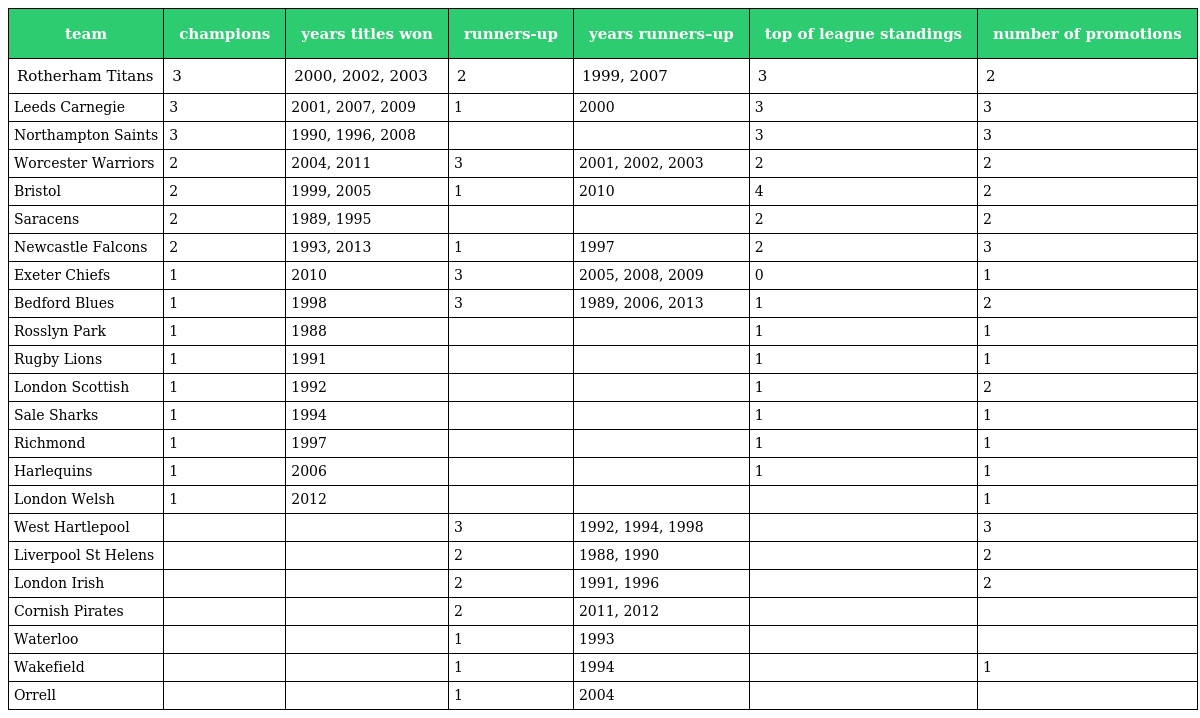
| team | champions | years titles won | runners-up | years runners–up | top of league standings | number of promotions |
 | --- | --- | --- | --- | --- | --- | --- |
 | Rotherham Titans | 3 | 2000, 2002, 2003 | 2 | 1999, 2007 | 3 | 2 |
 | Leeds Carnegie | 3 | 2001, 2007, 2009 | 1 | 2000 | 3 | 3 |
 | Northampton Saints | 3 | 1990, 1996, 2008 |  |  | 3 | 3 |
 | Worcester Warriors | 2 | 2004, 2011 | 3 | 2001, 2002, 2003 | 2 | 2 |
 | Bristol | 2 | 1999, 2005 | 1 | 2010 | 4 | 2 |
 | Saracens | 2 | 1989, 1995 |  |  | 2 | 2 |
 | Newcastle Falcons | 2 | 1993, 2013 | 1 | 1997 | 2 | 3 |
 | Exeter Chiefs | 1 | 2010 | 3 | 2005, 2008, 2009 | 0 | 1 |
 | Bedford Blues | 1 | 1998 | 3 | 1989, 2006, 2013 | 1 | 2 |
 | Rosslyn Park | 1 | 1988 |  |  | 1 | 1 |
 | Rugby Lions | 1 | 1991 |  |  | 1 | 1 |
 | London Scottish | 1 | 1992 |  |  | 1 | 2 |
 | Sale Sharks | 1 | 1994 |  |  | 1 | 1 |
 | Richmond | 1 | 1997 |  |  | 1 | 1 |
 | Harlequins | 1 | 2006 |  |  | 1 | 1 |
 | London Welsh | 1 | 2012 |  |  |  | 1 |
 | West Hartlepool |  |  | 3 | 1992, 1994, 1998 |  | 3 |
 | Liverpool St Helens |  |  | 2 | 1988, 1990 |  | 2 |
 | London Irish |  |  | 2 | 1991, 1996 |  | 2 |
 | Cornish Pirates |  |  | 2 | 2011, 2012 |  |  |
 | Waterloo |  |  | 1 | 1993 |  |  |
 | Wakefield |  |  | 1 | 1994 |  | 1 |
 | Orrell |  |  | 1 | 2004 |  |  |